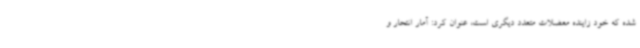
شده که خود زاینده معضلات متعدد دیگری است، عنوان کرد: آمار انتحار و